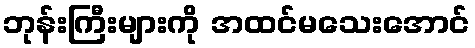
ဘုန်းကြီးများကို အထင်မသေးအောင်